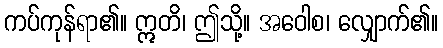
ကပ်ကုန်ရာ၏။ ဣတိ၊ ဤသို့။ အဝေါစ၊ လျှောက်၏။